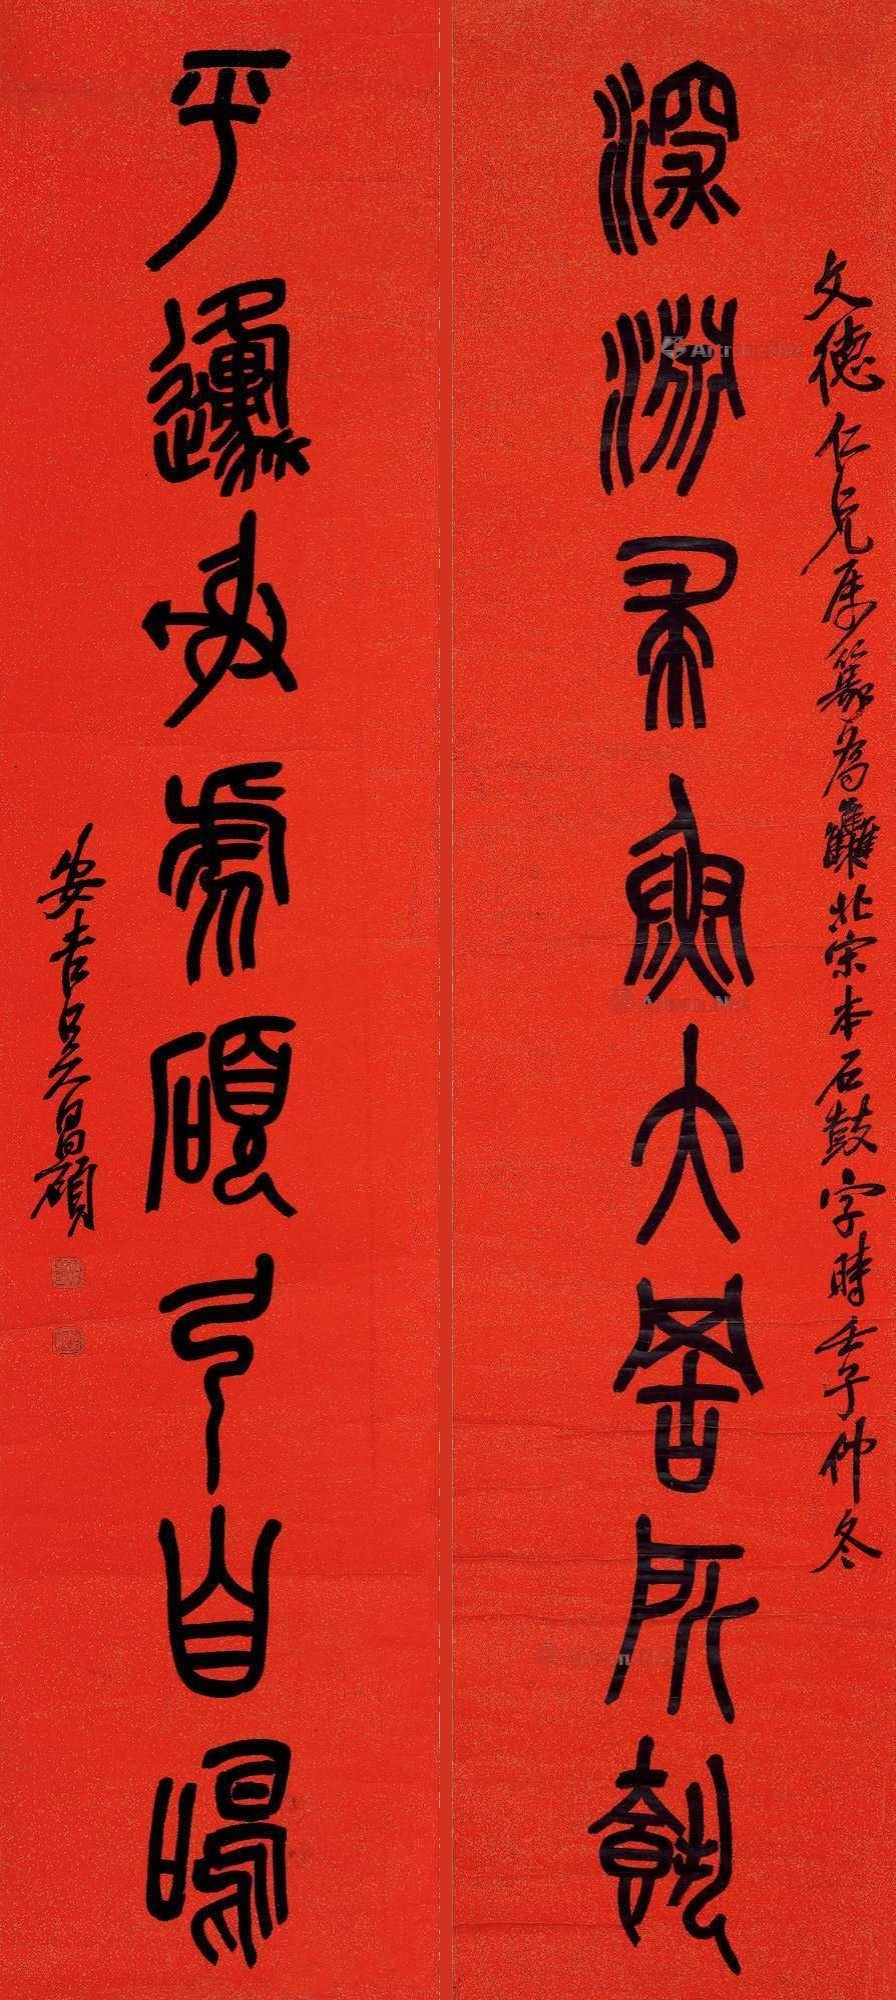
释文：深渊求鱼大罟所载，平原射虎硕弓自鸣。文德仁兄属篆，为集北宋本石鼓字，时壬子仲冬，安吉吴昌硕。